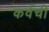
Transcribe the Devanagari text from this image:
कर्वची